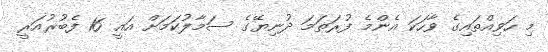
މި ހަވިއްތައިގެ ވާހަކަ އެންމެ ފުރަތަމަ ދުނިޔޭގެ ސަމާލުކަމަށް އައީ 16 ފެބުރުއަރީ